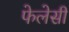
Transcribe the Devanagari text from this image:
फेलेसी